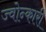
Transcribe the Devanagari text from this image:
ज्वोन्कारी